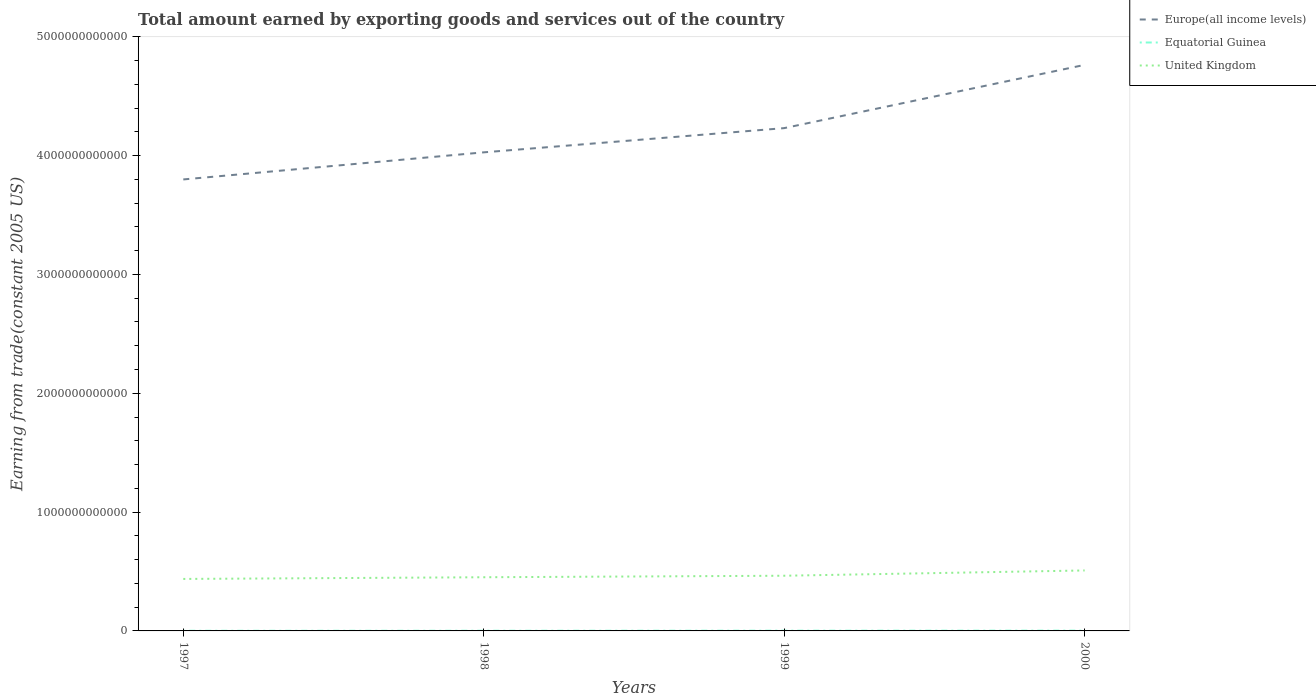
| Years | Europe(all income levels) | Equatorial Guinea | United Kingdom |
 | --- | --- | --- | --- |
 | 1997 | 3.8e+12 | 1.25e+09 | 4.38e+11 |
 | 1998 | 4.03e+12 | 1.53e+09 | 4.52e+11 |
 | 1999 | 4.23e+12 | 2.06e+09 | 4.64e+11 |
 | 2000 | 4.76e+12 | 2.4e+09 | 5.09e+11 |